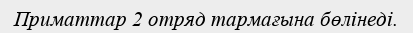
Приматтар 2 отряд тармағына бөлінеді.